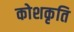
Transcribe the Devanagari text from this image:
कोशकृति